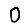
Digit: 0